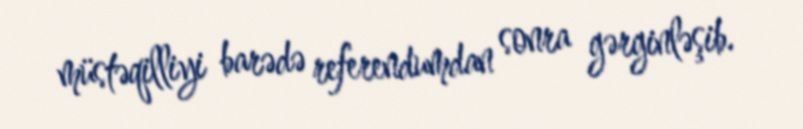
müstəqilliyi barədə referendumdan sonra gərginləşib.